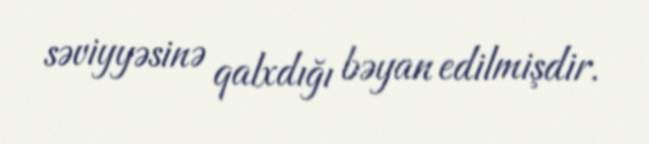
səviyyəsinə qalxdığı bəyan edilmişdir.